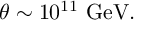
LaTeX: \theta \sim 1 0 ^ { 1 1 } { \mathrm { ~ G e V } } .